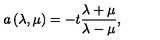
a \left( \lambda , \mu \right) = - t \frac { \lambda + \mu } { \lambda - \mu } ,